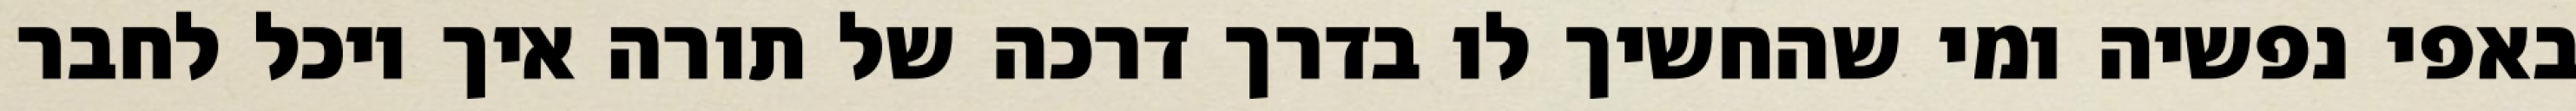
באפי נפשיה ומי שהחשיך לו בדרך דרכה של תורה איך יוכל לחבר